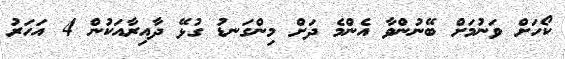
ކޯހަށް ވަނުމަށް ބޭނުންވާ އެންމެ ދަށް މިންގަނޑު ގުޅޭ ދާއިރާއަކުން 4 އަހަރު